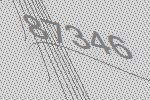
87346